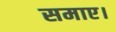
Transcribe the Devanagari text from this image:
समाए।